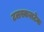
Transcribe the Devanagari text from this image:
टलस्कलटेक